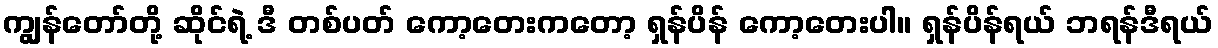
ကျွန်တော်တို့ ဆိုင်ရဲ့ ဒီ တစ်ပတ် ကော့တေးကတော့ ရှန်ပိန် ကော့တေးပါ။ ရှန်ပိန်ရယ် ဘရန်ဒီရယ်